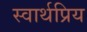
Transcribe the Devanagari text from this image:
स्वार्थप्रिय